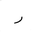
Letter: _ra